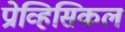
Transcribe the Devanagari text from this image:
प्रोव्हिसिकल